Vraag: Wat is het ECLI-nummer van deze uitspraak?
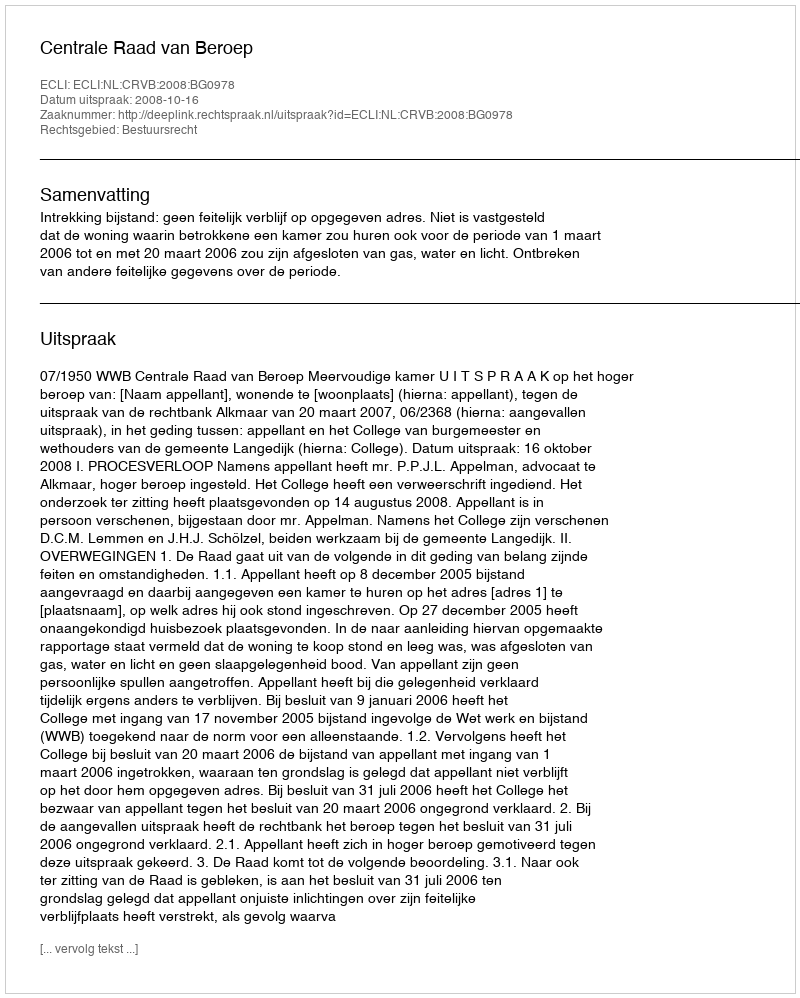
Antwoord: ECLI:NL:CRVB:2008:BG0978